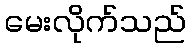
မေးလိုက်သည်